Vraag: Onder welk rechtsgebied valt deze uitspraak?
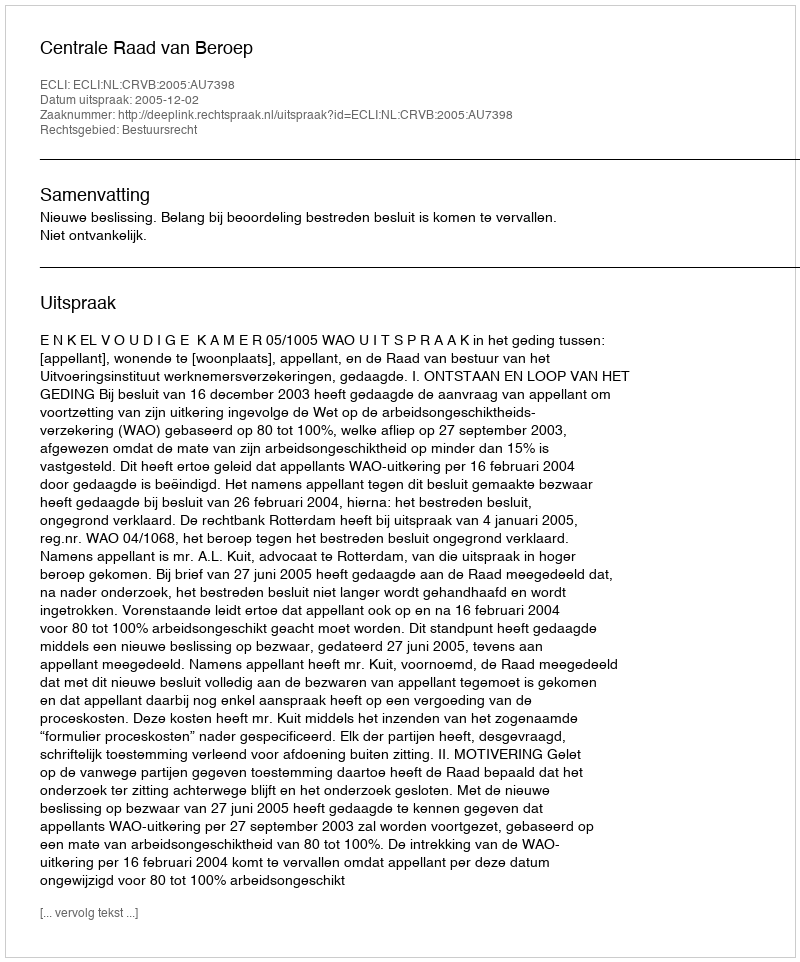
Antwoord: Bestuursrecht